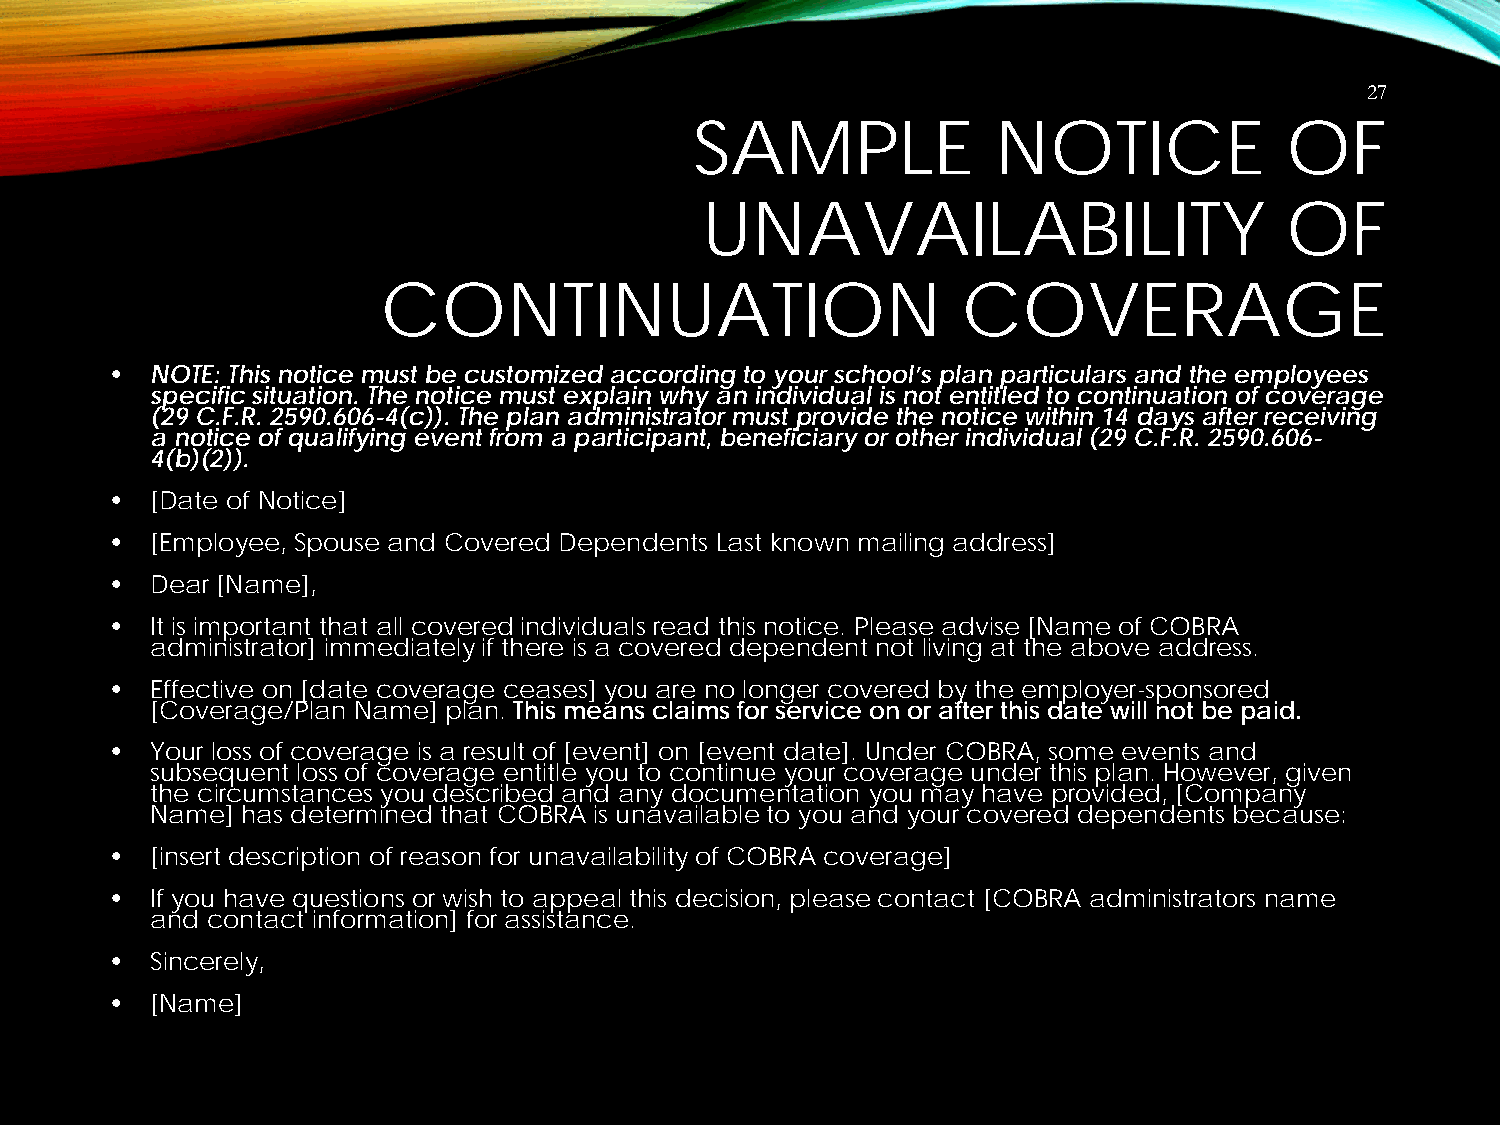
27
 SAMPLE              NOTICE             OF
 UNAVAILABILITY                         OF
 CONTINUATION                           COVERAGE
 •  NOTE: This notice must be customized according to your school’s plan particulars and the employees
 specific situation. The notice must explain why an individual is not entitled to continuation of coverage
 (29 C.F.R. 2590.606-4(c)). The plan administrator must provide the notice within 14 days after receiving
 a notice of qualifying event from a participant, beneficiary or other individual (29 C.F.R. 2590.606-
 4(b)(2)).
 •  [Date of Notice]
 •  [Employee, Spouse and Covered Dependents Last known mailing address]
 •  Dear [Name],
 •  It is important that all covered individuals read this notice. Please advise [Name of COBRA
 administrator] immediately if there is a covered dependent not living at the above address.
 •  Effective on [date coverage ceases] you are no longer covered by the employer-sponsored
 [Coverage/Plan Name] plan. This means claims for service on or after this date will not be paid.
 •  Your loss of coverage is a result of [event] on [event date]. Under COBRA, some events and
 subsequent loss of coverage entitle you to continue your coverage under this plan. However, given
 the circumstances you described and any documentation you may have provided, [Company
 Name] has determined that COBRA is unavailable to you and your covered dependents because:
 •  [insert description of reason for unavailability of COBRA coverage]
 •  If you have questions or wish to appeal this decision, please contact [COBRA administrators name
 and contact information] for assistance.
 •  Sincerely,
 •  [Name]